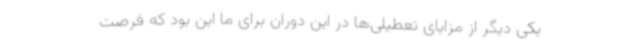
یکی دیگر از مزایای تعطیلی‌ها در این دوران برای ما این بود که فرصت